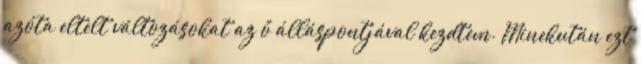
azóta eltelt változásokat az ő álláspontjával kezdtem. Minekután ezt